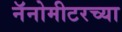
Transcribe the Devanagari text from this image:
नॅनोमीटरच्या